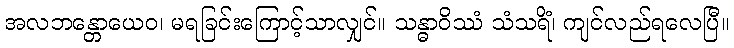
အလဘန္တောယေဝ၊ မရခြင်းကြောင့်သာလျှင်။ သန္ဓာဝိဿံ သံသရိံ၊ ကျင်လည်ရလေပြီ။